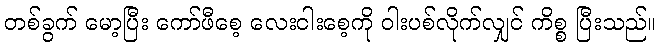
တစ်ခွက် မော့ပြီး ကော်ဖီစေ့ လေးငါးစေ့ကို ဝါးပစ်လိုက်လျှင် ကိစ္စ ပြီးသည်။